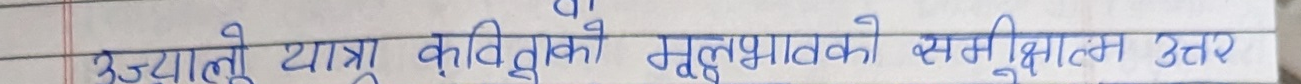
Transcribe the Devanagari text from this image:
उज्यालो यात्रा कविताको मूलभूतभावको संक्षिप्तम उत्तर